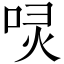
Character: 𠴌